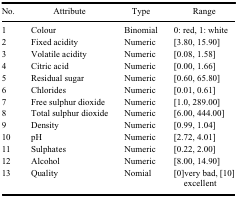
<table><thead><tr><td><b>No.</b></td><td><b>Attribute</b></td><td><b>Type</b></td><td><b>Range</b></td></tr></thead><tbody><tr><td>1</td><td>Colour</td><td>Binomial</td><td>0: red, 1: white</td></tr><tr><td>2</td><td>Fixed acidity</td><td>Numeric</td><td>[3.80, 15.90]</td></tr><tr><td>3</td><td>Volatile acidity</td><td>Numeric</td><td>[0.08, 1.58]</td></tr><tr><td>4</td><td>Citric acid</td><td>Numeric</td><td>[0.00, 1.66]</td></tr><tr><td>5</td><td>Residual sugar</td><td>Numeric</td><td>[0.60, 65.80]</td></tr><tr><td>6</td><td>Chlorides</td><td>Numeric</td><td>[0.01, 0.61]</td></tr><tr><td>7</td><td>Free sulphur dioxide</td><td>Numeric</td><td>[1.0, 289.00]</td></tr><tr><td>8</td><td>Total sulphur dioxide</td><td>Numeric</td><td>[6.00, 444.00]</td></tr><tr><td>9</td><td>Density</td><td>Numeric</td><td>[0.99, 1.04]</td></tr><tr><td>10</td><td>pH</td><td>Numeric</td><td>[2.72, 4.01]</td></tr><tr><td>11</td><td>Sulphates</td><td>Numeric</td><td>[0.22, 2.00]</td></tr><tr><td>12</td><td>Alcohol</td><td>Numeric</td><td>[8.00, 14.90]</td></tr><tr><td>13</td><td>Quality</td><td>Nomial</td><td>[0]very bad, [10] excellent</td></tr></tbody></table>